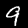
Digit: 9